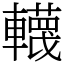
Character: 䡸